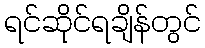
ရင်ဆိုင်ရချိန်တွင်